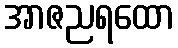
အာဇညရထော